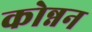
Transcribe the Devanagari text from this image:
कोन्नन